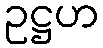
ဥဋ္ဌဟ